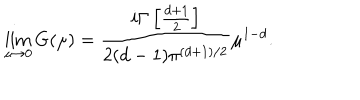
\lim _ { \mu \to 0 } G ( \mu ) = \frac { i \Gamma \left[ \frac { d + 1 } { 2 } \right] } { 2 ( d - 1 ) \pi ^ { ( d + 1 ) / 2 } } \mu ^ { 1 - d } .